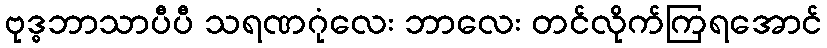
ဗုဒ္ဓဘာသာပီပီ သရဏဂုံလေး ဘာလေး တင်လိုက်ကြရအောင်